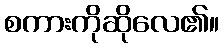
စကားကိုဆိုလေ၏။